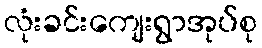
လုံးခင်းကျေးရွာအုပ်စု